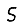
Digit: 5